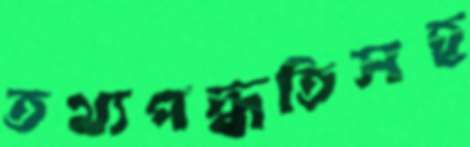
তথ্যপদ্ধতিসহ